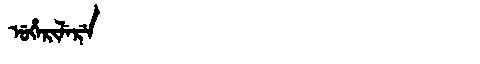
Manchu: ᡠᡥᡝᡵᡳᠯᡝᡵᡝ
Romanization: UHERILERE